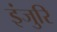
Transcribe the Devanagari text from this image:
इंजुरि